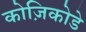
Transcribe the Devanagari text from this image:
कोज़िकोडे